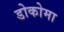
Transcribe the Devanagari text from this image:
डोकोमा